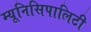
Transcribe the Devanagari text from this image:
म्यूनिसिपालिटी